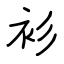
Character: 衫